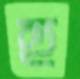
হু